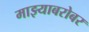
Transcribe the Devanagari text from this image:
माझ्याबरोबर